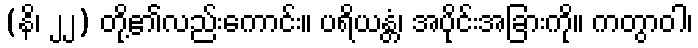
(နိ၊ ၂၂) တို့၏လည်းကောင်း။ ပရိယန္တံ၊ အပိုင်းအခြားကို။ ကတွာဝါ၊